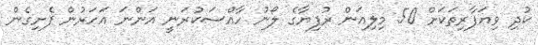
ކުދި ވިޔަފާރިތަކަށް 50 މިލިއަން ރުފިޔާގެ ލޯނު ހާއްސަކުރަނީ އަންނަ އަހަރުން ފެށިގެން